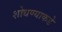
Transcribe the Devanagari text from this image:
शोधण्याकडे